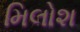
મિલોશ